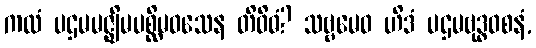
ကထံ ပဌမမဇ္ဈိမပစ္ဆိမဝသေန တိဝိဓံ? သဗ္ဗမေဝ ဟိဒံ ပဌမဗုဒ္ဓဝစနံ,